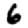
Digit: 6